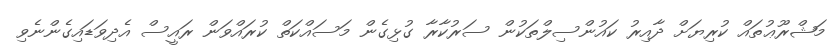
މަޝްރޫޢުތައް ކުރިޔަށް ދާއިރު ކައުންސިލްތަކުން ސަރުކާރާ ގުޅިގެން މަސައްކަތް ކުރައްވަން ރައީސް އެދިވަޑައިގެންނެވި